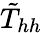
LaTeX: \tilde{T}_{hh}